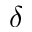
\delta